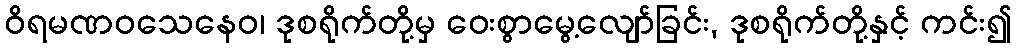
ဝိရမဏဝသေနေဝ၊ ဒုစရိုက်တို့မှ ဝေးစွာမွေ့လျော်ခြင်း, ဒုစရိုက်တို့နှင့် ကင်း၍